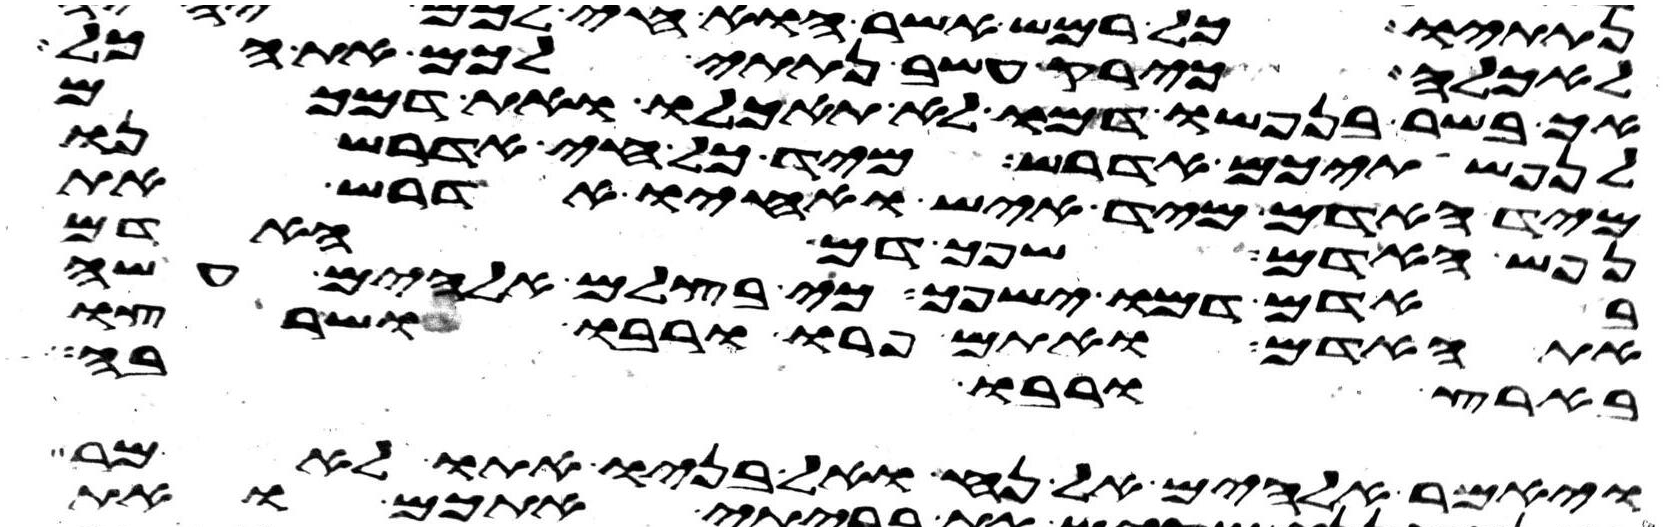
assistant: לאכלה כירק עשב נתתי לכם את הכל
אך בשר בנפשו דמו לא תאכלו ואת דמכם
לנפשתיכם אדרש מיד כל חי אדרשנו
מיד האדם מיד איש ואחיו אדרש את
נפש האדם שפך דם האדם
באדם דמו ישפך כי בצלם אלהים עשה
את האדם ואתם פרו ורבו ושרצו
בארץ ורבו בה
ויאמר אלהים אל נח ואל בניו אתו לאמר